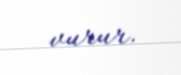
vurur.